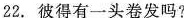
22.彼得有一头卷发吗?